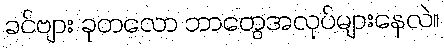
ခင်ဗျား ခုတလော ဘာတွေအလုပ်များနေလဲ။